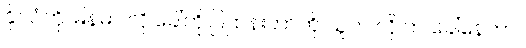
နိုင်ငံကို မြန်မာ လို.ခေါ်ဘို.ပြဌာန်းတာကို သူက လို.ဘဲ ခေါ်နေတာ။